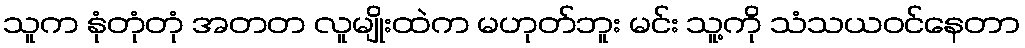
သူက နုံတုံတုံ အတတ လူမျိုးထဲက မဟုတ်ဘူး မင်း သူ့ကို သံသယဝင်နေတာ